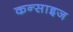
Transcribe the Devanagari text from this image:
कन्साइज